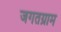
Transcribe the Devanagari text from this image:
जगतग्राम